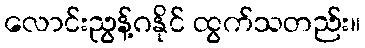
လောင်းညွန့်ဂနိုင် ထွက်သတည်း။